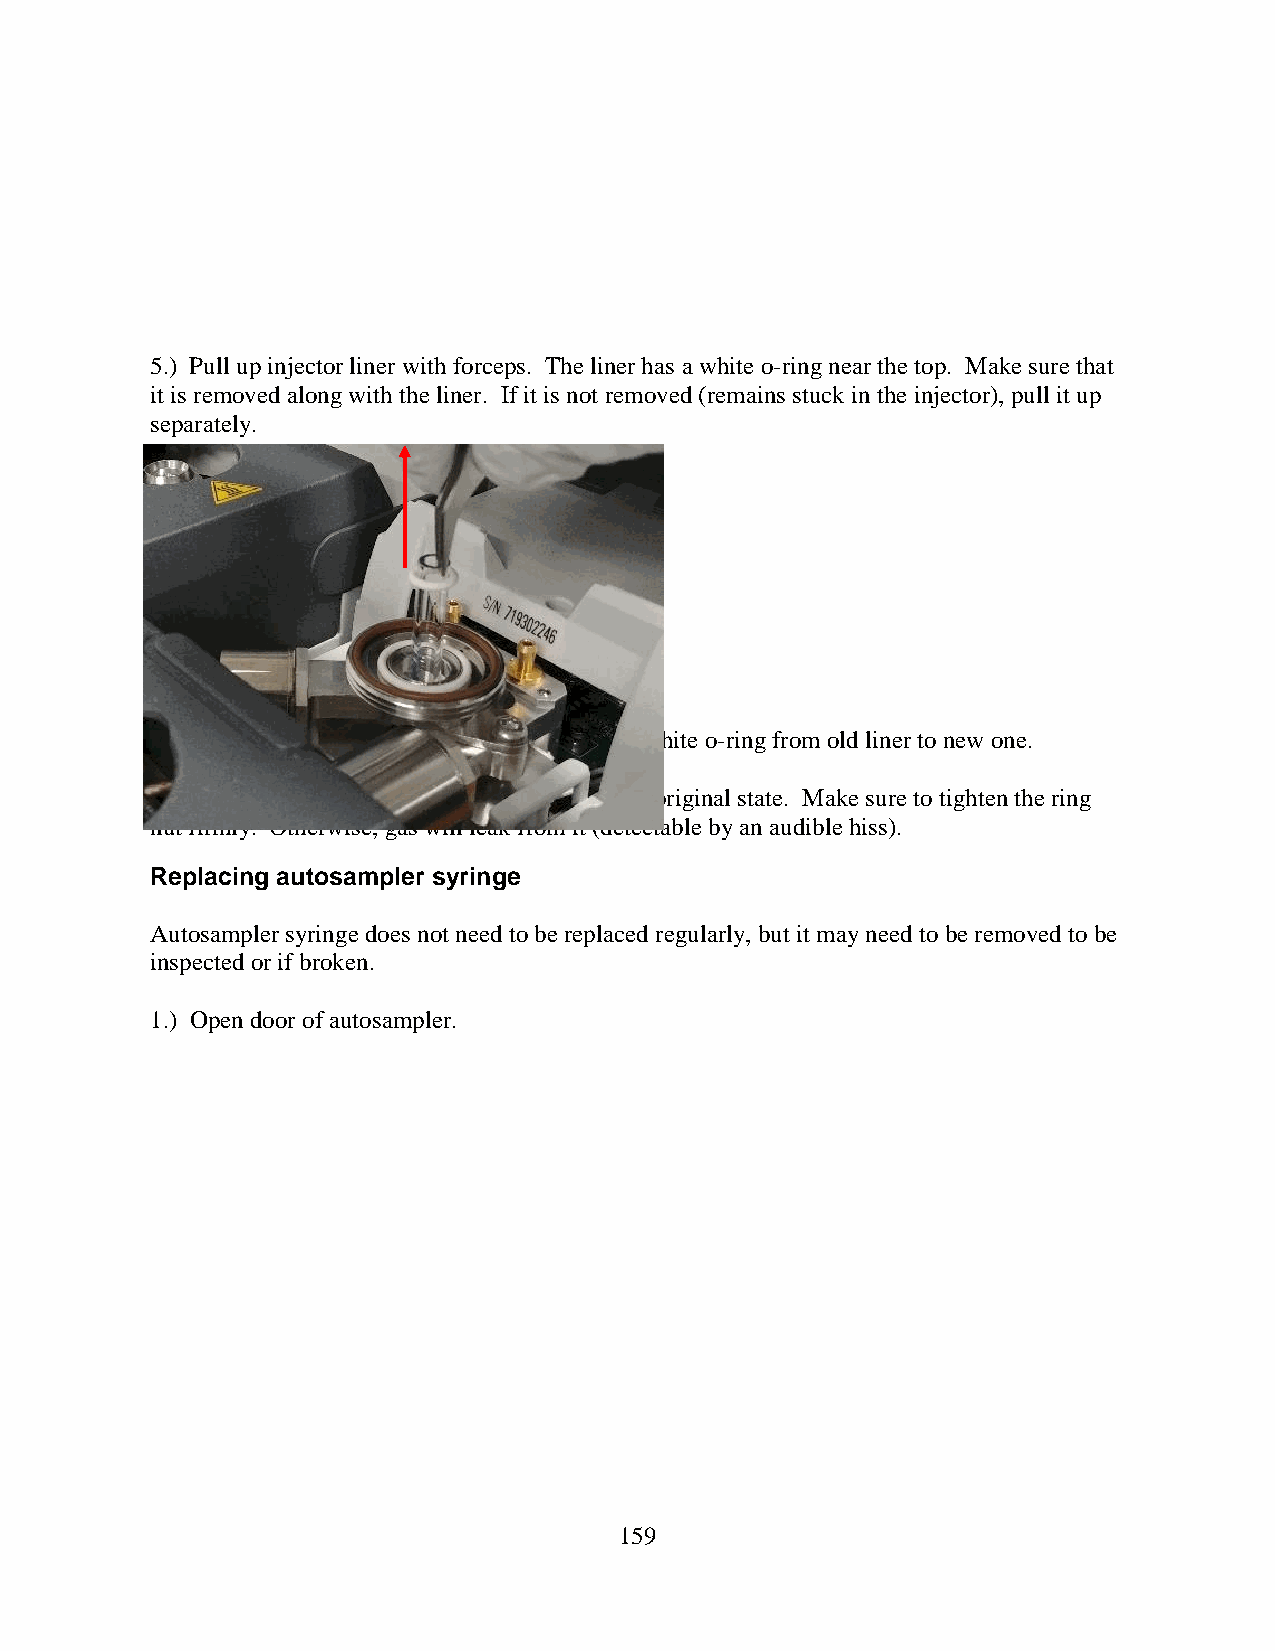
5.) Pull up injector liner with forceps. The liner has a white o-ring near the top. Make sure that
 it is removed along with the liner. If it is not removed (remains stuck in the injector), pull it up
 separately.
 6.) Replace injector liner. Make sure to transfer white o-ring from old liner to new one.
 7.) Do steps above in reverse to restore system to original state. Make sure to tighten the ring
 nut firmly. Otherwise, gas will leak from it (detectable by an audible hiss).
 Replacing autosampler syringe
 Autosampler syringe does not need to be replaced regularly, but it may need to be removed to be
 inspected or if broken.
 1.) Open door of autosampler.
 159